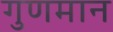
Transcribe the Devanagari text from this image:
गुणमान